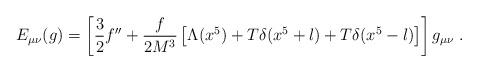
LaTeX: \begin{align*}E_{\mu\nu}(g)=\left[ \frac{3}{2}f^{\prime\prime}+\frac{f}{2M^3} \left[ \Lambda(x^5)+T\delta(x^5+l)+T\delta(x^5-l) \right] \right] g_{\mu\nu} \; . \end{align*}